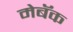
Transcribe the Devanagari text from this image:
मेबॅक